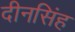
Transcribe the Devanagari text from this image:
दीनसिंह